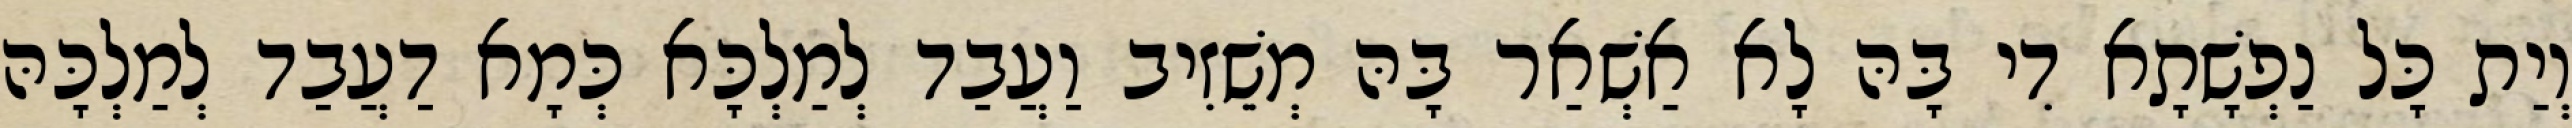
וְיַת כָּל נַפְשָׁתָא דִי בָּהּ לָא אַשְׁאַר בָּהּ מְשֵׁזִיב וַעֲבַד לְמַלְכָּא כְּמָא דַעֲבַד לְמַלְכָּהּ